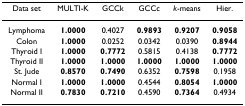
<table><thead><tr><td><b>Data set</b></td><td><b>MULTI-K</b></td><td><b>GCCk</b></td><td><b>GCCc</b></td><td><b><i>k</i>-means</b></td><td><b>Hier.</b></td></tr></thead><tbody><tr><td>Lymphoma</td><td><b>1.0000</b></td><td>0.4027</td><td><b>0.9893</b></td><td><b>0.9207</b></td><td><b>0.9058</b></td></tr><tr><td>Colon</td><td><b>1.0000</b></td><td>0.0252</td><td>0.0342</td><td>0.0390</td><td><b>0.8944</b></td></tr><tr><td>Thyroid I</td><td><b>1.0000</b></td><td><b>0.7772</b></td><td>0.5815</td><td>0.4138</td><td><b>0.7772</b></td></tr><tr><td>Thyroid II</td><td><b>1.0000</b></td><td><b>1.0000</b></td><td><b>1.0000</b></td><td><b>1.0000</b></td><td><b>1.0000</b></td></tr><tr><td>St. Jude</td><td><b>0.8570</b></td><td><b>0.7490</b></td><td>0.6352</td><td><b>0.7598</b></td><td>0.1958</td></tr><tr><td>Normal I</td><td><b>1.0000</b></td><td><b>1.0000</b></td><td>0.4544</td><td><b>0.8054</b></td><td><b>1.0000</b></td></tr><tr><td>Normal II</td><td><b>0.7830</b></td><td><b>0.7210</b></td><td>0.4590</td><td><b>0.7364</b></td><td>0.4934</td></tr></tbody></table>